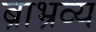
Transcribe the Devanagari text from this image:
ब्राभ्रव्य